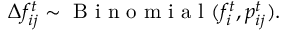
\Delta f _ { i j } ^ { t } \sim \mathrm { ~ B ~ i ~ n ~ o ~ m ~ i ~ a ~ l ~ } ( f _ { i } ^ { t } , { p } _ { i j } ^ { t } ) .